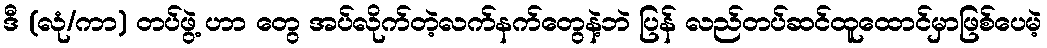
ဒီ (လုံ/ကာ) တပ်ဖွဲ့ ဟာ တွေ အပ်လိုက်တဲ့လက်နက်တွေနဲ့ဘဲ ပြန် လည်တပ်ဆင်ထူထောင်မှာဖြစ်ပေမဲ့